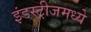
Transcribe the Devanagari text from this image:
इंडस्ट्रीजमध्ये